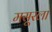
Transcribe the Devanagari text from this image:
मसूरला